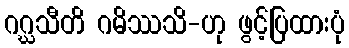
ဂဂ္ဃသီတိ ဂမိဿသိ-ဟု ဖွင့်ပြထားပုံ